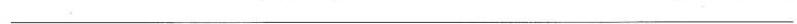
___